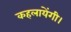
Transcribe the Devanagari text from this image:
कहलायेंगी।